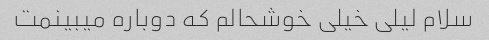
سلام لیلی خیلی خوشحالم که دوباره میبینمت